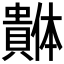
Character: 𰷓